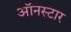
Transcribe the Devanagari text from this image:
ऑनस्टार